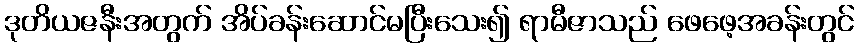
ဒုတိယဇနီးအတွက် အိပ်ခန်းဆောင်မပြီးသေး၍ ရာမီဇာသည် ဖေဖေ့အခန်းတွင်